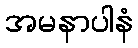
အမနာပါနံ